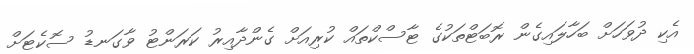
އެކި ދުވަހަށް ބަހާލައިގެން ރޮބަޓްތަކުގެ ޓާސްކްތައް ކުރިއަށް ގެންދާއިރު ކަރަންޓު ވާގަނޑު ސޮކެޓަށް